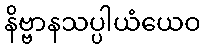
နိဗ္ဗာနသပ္ပါယံယေဝ